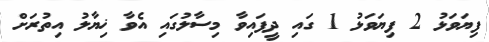
ފިޔަވަޅު 2 ފިޔަވަޅު 1 ގައި ދީފައިވާ މިސާލުގައި އެވާ ޚިޔާލު އިތުރަށް